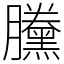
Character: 黱